Madras plague regulations and rules for district municipalities and other towns and villages
Disease focus: Plague
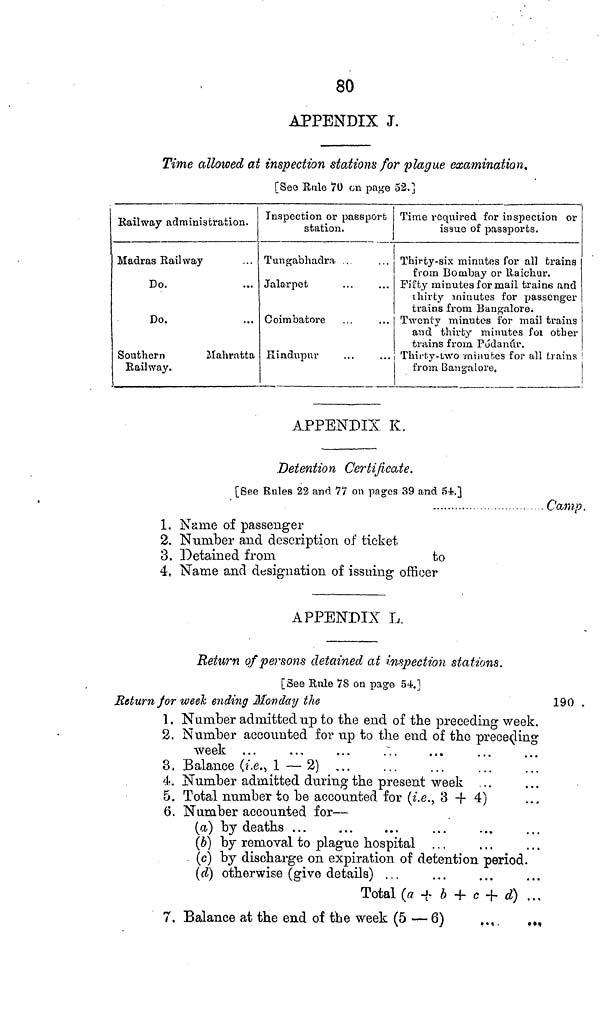
80
APPENDIX J.
Time allowed at inspection stations for plague examination.
[See Rule 70 on page 52.]
Railway
administration
Madras Rail way
Do.
Do.
Southern
Mahratta
Railway.
Inspection or passport
station.
Tungabhadra, .
Jolarpet
C oimbatore
Hindupur
Time required for inspection or
issue of passports.
Thirty-six minutes for all trains
from Bombay or Raichur.
Fifty minutes for mail trains and
thirty minutes for passenger
trains from Bangalore.
Twenty minutes for mail trains
and thirty minutes foi other
trains from Pódanúr.
Thirty-two minutes for all trains
from Bangalore.
APPENDIX K.
Detention Certificate.
[See Rules 22 and 77 on pages 39 and 54.]
. Camp.
1. Name of passenger
2. Number and description of ticket
3. Detained from
to
4. Name and designation of issuing officer
APPENDIX L.
Return of persons detained at inspection stations.
[See Rule 78 on page 54.]
Return for week ending Monday the
190 .
1. Number admitted up to the end of the preceding week.
2. Number accounted for up to the end of the preceding
week ...
3. Balance (i.e., 1—2) ,..
4. Number admitted during the present week
5. Total number to be accounted for (i.e., 3 + 4)
6. Number accounted for—
(a.) by deaths ...
(b) by removal to plague hospital
(c) by discharge on expiration of detention period.
(d) otherwise (give details) ...
Total (a + b + c + d) ...
7. Balance at the end of the week (5 — 6)
..,
.,,